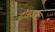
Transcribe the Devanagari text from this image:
ढोरवाटा